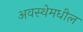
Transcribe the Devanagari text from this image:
अवस्थेमधील